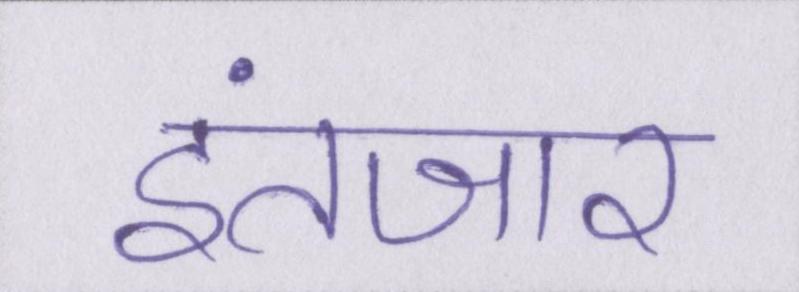
इंतजार